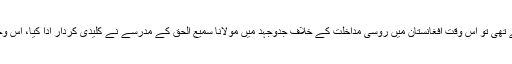
افغانستان میں روسی مداخلت کے خلاف جب پاکستانی اسٹیبلشمنٹ کو مدد چاہیے تھی تو اس وقت افغانستان میں روسی مداخلت کے خلاف جدوجہد میں مولانا سمیع الحق کے مدرسے نے کلیدی کردار ادا کیا، اس وجہ ان کی اس وقت کے فوجی آمر جنرل ضیاء الحق کے ساتھ انتہائی قربت تھی۔